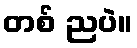
တစ် ညပဲ။